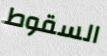
السقوط